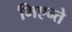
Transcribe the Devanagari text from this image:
मिएन्ते